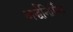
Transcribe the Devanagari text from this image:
अर्द्धनिर्मित